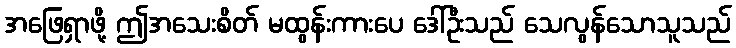
အဖြေရှာဖို့ ဤအသေးစိတ် မထွန်းကားပေ ဒေါ်ဦးသည် သေလွန်သောသူသည်